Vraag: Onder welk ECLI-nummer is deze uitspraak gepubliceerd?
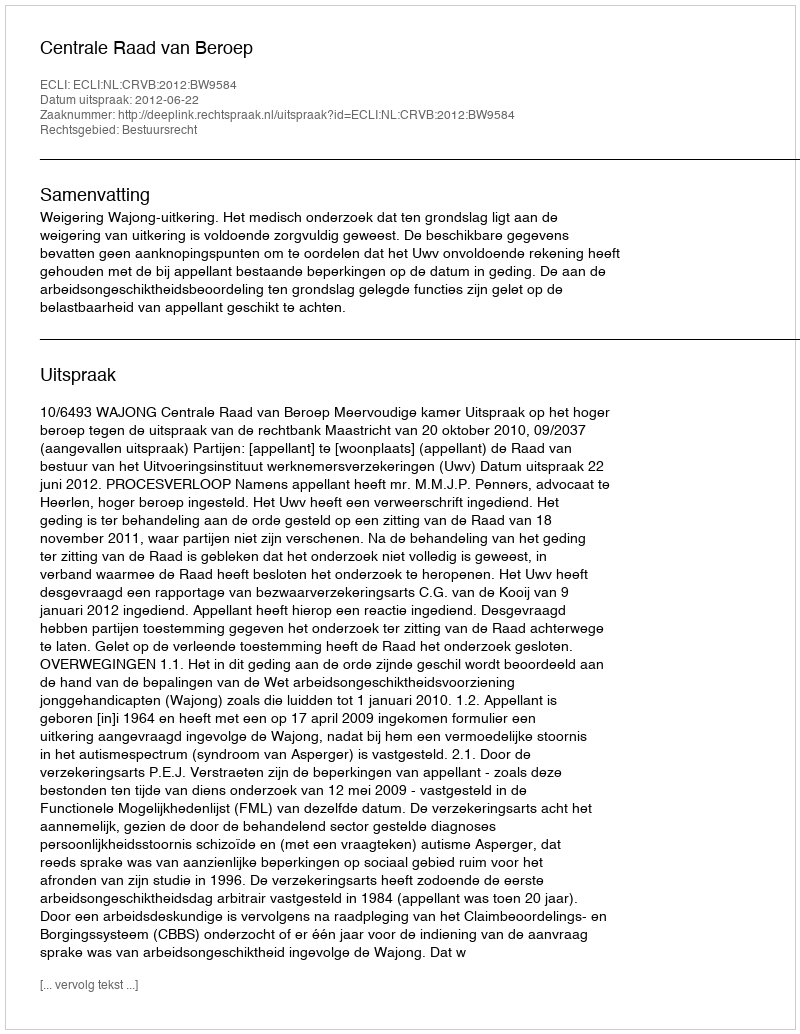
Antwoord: ECLI:NL:CRVB:2012:BW9584